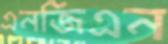
এনজিএন